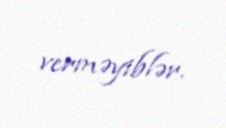
verməyiblər.